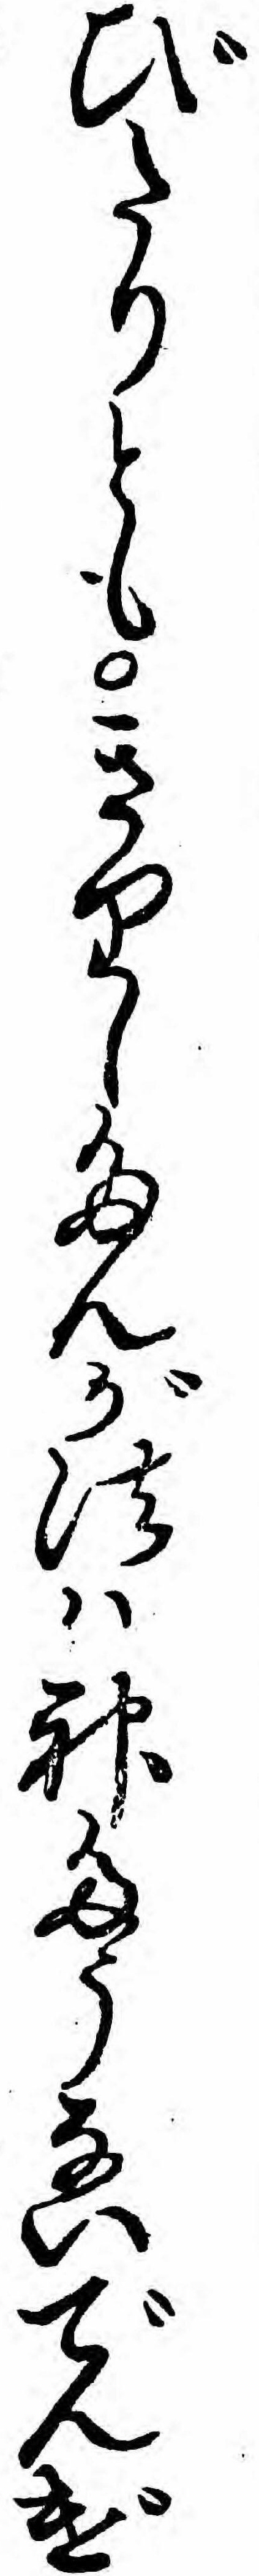
びたりともきりしたんが法ハ神たうないでんげ